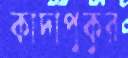
কাদাপুকুর